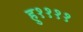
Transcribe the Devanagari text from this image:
हु११११